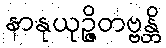
နာနုယုဉ္ဇိတဗ္ဗန္တိ